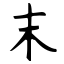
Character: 末